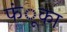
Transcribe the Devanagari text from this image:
फंूका